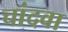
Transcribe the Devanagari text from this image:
चांदवा